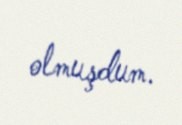
olmuşdum.